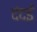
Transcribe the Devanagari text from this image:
दंदई